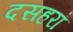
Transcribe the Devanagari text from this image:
दसहरा